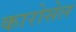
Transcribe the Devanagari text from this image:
कारोसेल